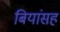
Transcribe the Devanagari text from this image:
बियांसह